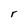
Character: r